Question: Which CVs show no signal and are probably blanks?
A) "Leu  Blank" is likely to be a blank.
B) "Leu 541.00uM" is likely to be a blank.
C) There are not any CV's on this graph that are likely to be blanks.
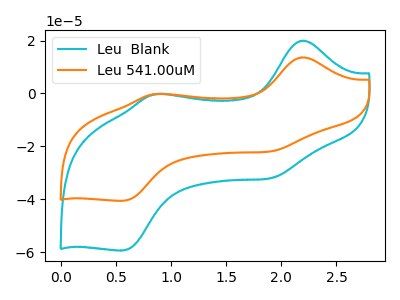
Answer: <think>The cyan curve "Leu  Blank" has anodic peaks at (2.20V, 19.95uA) (0.85V, -0.35uA) and cathodic peaks at (1.90V, -32.00uA) (0.55V, -59.35uA). The orange curve "Leu 541.00uM" has anodic peaks at (2.20V, 13.65uA) (0.85V, -0.20uA) and cathodic peaks at (1.90V, -21.90uA) (0.55V, -40.55uA).</think>
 <answer>C) There are not any CV's on this graph that are likely to be blanks.</answer>
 <eval>C</eval>